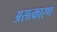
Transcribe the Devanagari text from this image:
असत्कारण